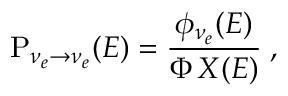
\mathrm { P } _ { \nu _ { e } \to \nu _ { e } } ( E ) = { \frac { \displaystyle \phi _ { \nu _ { e } } ( E ) } { \displaystyle \Phi \, X ( E ) } } \; ,